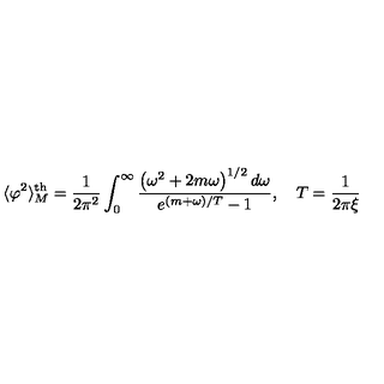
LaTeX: \langle \varphi ^ { 2 } \rangle _ { M } ^ { \mathrm { t h } } = \frac { 1 } { 2 \pi ^ { 2 } } \int _ { 0 } ^ { \infty } \frac { \left( \omega ^ { 2 } + 2 m \omega \right) ^ { 1 / 2 } d \omega } { e ^ { ( m + \omega ) / T } - 1 } , \quad T = \frac { 1 } { 2 \pi \xi }